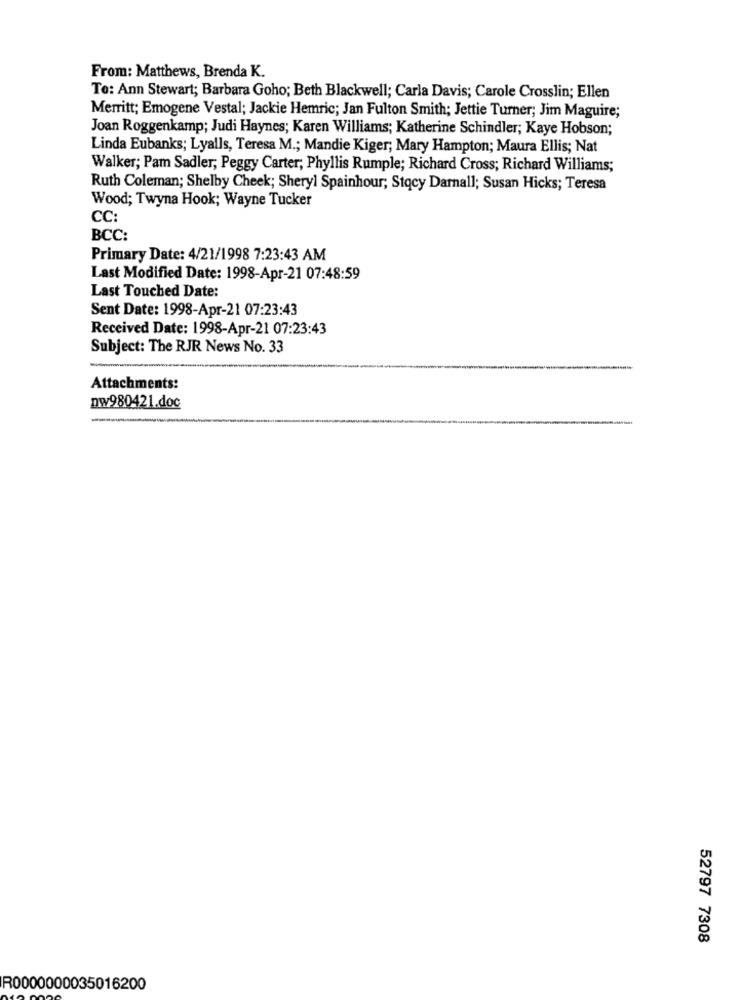
From: Matthews, Brenda K.
To: Ann Stewart; Barbara Goho; Beth Blackwell; Carla Davis; Carole Crosslin; Ellen
Merritt; Emogene Vestal; Jackie Hemric; Jan Fulton Smith; Jettie Turner; Jim Maguire;
Joan Roggenkamp; Judi Haynes; Karen Williams; Katherine Schindler; Kaye Hobson;
Linda Eubanks; Lyalls, Teresa M .; Mandie Kiger; Mary Hampton; Maura Ellis; Nat
Walker; Pam Sadler, Peggy Carter, Phyllis Rumple; Richard Cross; Richard Williams;
Ruth Coleman; Shelby Cheek; Sheryl Spainhour; Stqcy Darnall; Susan Hicks; Teresa
Wood; Twyna Hook; Wayne Tucker
CC:
BCC:
Primary Date: 4/21/1998 7:23:43 AM
Last Modified Date: 1998-Apr-21 07:48:59
Last Touched Date:
Sent Date: 1998-Apr-21 07:23:43
Received Date: 1998-Apr-21 07:23:43
Subject: The RJR News No. 33
Attachments:
nw980421.doc
52797 7308
R0000000035016200